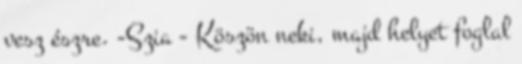
vesz észre. -Szia - Köszön neki, majd helyet foglal